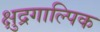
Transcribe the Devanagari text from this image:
क्षुद्रगाल्पिक